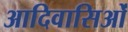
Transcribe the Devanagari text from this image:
आदिवासिओं